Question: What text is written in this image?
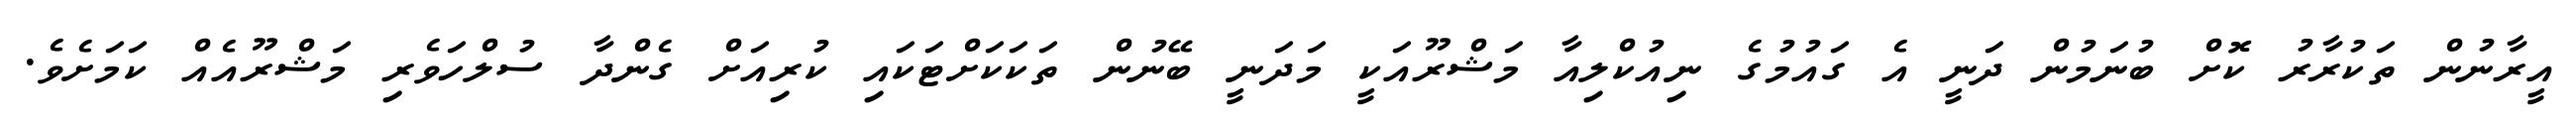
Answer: އީރާނުން ތަކުރާރު ކޮށް ބުނަމުން ދަނީ އެ ގައުމުގެ ނިއުކްލިއާ މަޝްރޫއަކީ މަދަނީ ބޭނުން ތަކަކަށްޓަކައި ކުރިއަށް ގެންދާ ސުލްހަވެރި މަޝްރޫއެއް ކަމަށެވެ.